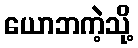
ယောဘကဲ့သို့